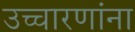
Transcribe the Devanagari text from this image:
उच्चारणांना